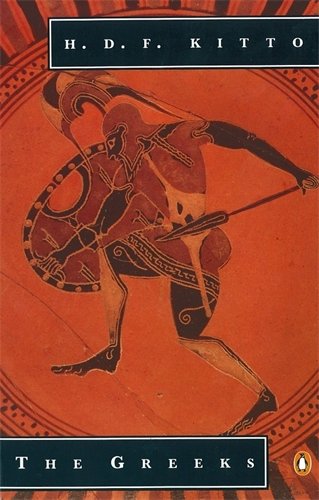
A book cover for The Greeks (Penguin History); H. D. F. Kitto; History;